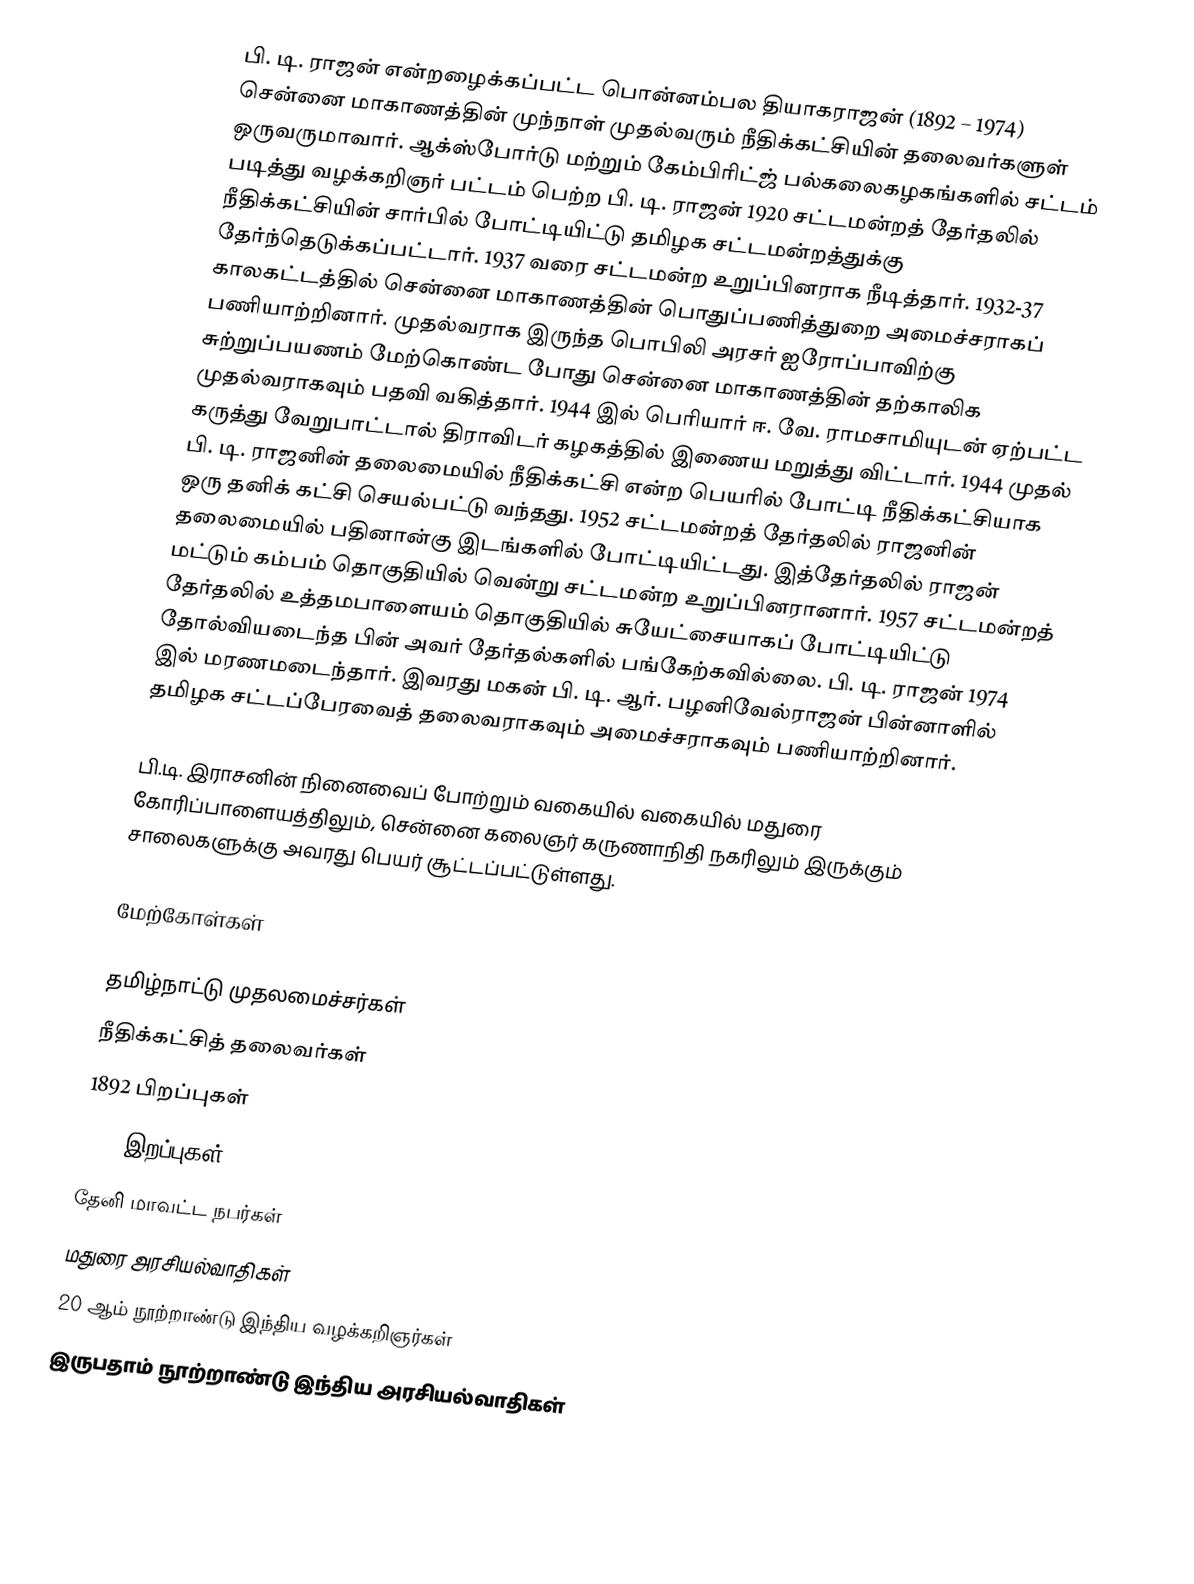
பி. டி. ராஜன் என்றழைக்கப்பட்ட பொன்னம்பல தியாகராஜன் (1892 – 1974) சென்னை மாகாணத்தின் முந்நாள் முதல்வரும் நீதிக்கட்சியின் தலைவர்களுள் ஒருவருமாவார். ஆக்ஸ்போர்டு மற்றும் கேம்பிரிட்ஜ் பல்கலைகழகங்களில் சட்டம் படித்து வழக்கறிஞர் பட்டம் பெற்ற பி. டி. ராஜன் 1920 சட்டமன்றத் தேர்தலில் நீதிக்கட்சியின் சார்பில் போட்டியிட்டு தமிழக சட்டமன்றத்துக்கு தேர்ந்தெடுக்கப்பட்டார். 1937 வரை சட்டமன்ற உறுப்பினராக நீடித்தார். 1932-37 காலகட்டத்தில் சென்னை மாகாணத்தின் பொதுப்பணித்துறை அமைச்சராகப் பணியாற்றினார். முதல்வராக இருந்த பொபிலி அரசர் ஐரோப்பாவிற்கு சுற்றுப்பயணம் மேற்கொண்ட போது சென்னை மாகாணத்தின் தற்காலிக முதல்வராகவும் பதவி வகித்தார். 1944 இல் பெரியார் ஈ. வே. ராமசாமியுடன் ஏற்பட்ட கருத்து வேறுபாட்டால் திராவிடர் கழகத்தில் இணைய மறுத்து விட்டார். 1944 முதல் பி. டி. ராஜனின் தலைமையில் நீதிக்கட்சி என்ற பெயரில் போட்டி நீதிக்கட்சியாக ஒரு தனிக் கட்சி செயல்பட்டு வந்தது. 1952 சட்டமன்றத் தேர்தலில் ராஜனின் தலைமையில் பதினான்கு இடங்களில் போட்டியிட்டது. இத்தேர்தலில் ராஜன் மட்டும் கம்பம் தொகுதியில் வென்று சட்டமன்ற உறுப்பினரானார். 1957 சட்டமன்றத் தேர்தலில் உத்தமபாளையம் தொகுதியில் சுயேட்சையாகப் போட்டியிட்டு தோல்வியடைந்த பின் அவர் தேர்தல்களில் பங்கேற்கவில்லை. பி. டி. ராஜன் 1974 இல் மரணமடைந்தார். இவரது மகன் பி. டி. ஆர். பழனிவேல்ராஜன் பின்னாளில் தமிழக சட்டப்பேரவைத் தலைவராகவும் அமைச்சராகவும் பணியாற்றினார்.

பி.டி. இராசனின் நினைவைப் போற்றும் வகையில் வகையில் மதுரை கோரிப்பாளையத்திலும், சென்னை கலைஞர் கருணாநிதி நகரிலும் இருக்கும் சாலைகளுக்கு அவரது பெயர் சூட்டப்பட்டுள்ளது.

மேற்கோள்கள்

தமிழ்நாட்டு முதலமைச்சர்கள்
நீதிக்கட்சித் தலைவர்கள்
1892 பிறப்புகள்
1974 இறப்புகள்
தேனி மாவட்ட நபர்கள்
மதுரை அரசியல்வாதிகள்
20 ஆம் நூற்றாண்டு இந்திய வழக்கறிஞர்கள்
இருபதாம் நூற்றாண்டு இந்திய அரசியல்வாதிகள்